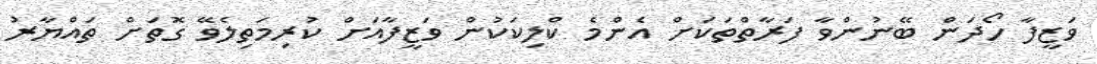
ވަޒީފާ ހޯދަން ބޭނުންވާ ފަރާތްތަކަށް އެންމެ ކްލިކަކުން ވަޒީފާއަށް ކުރިމަތިލެވޭ ގޮތަށް ތައްޔާރު